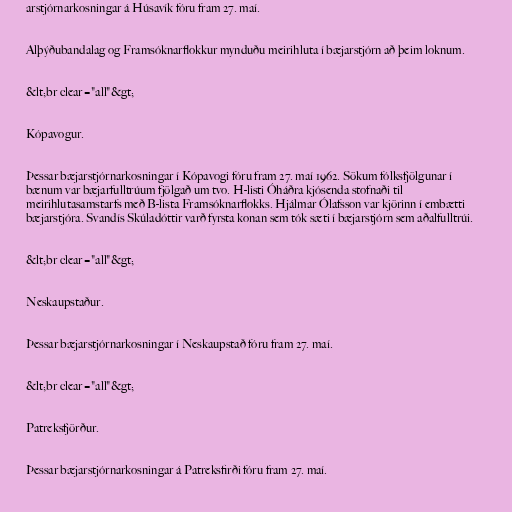
arstjórnarkosningar á Húsavík fóru fram 27. maí.

Alþýðubandalag og Framsóknarflokkur mynduðu meirihluta í bæjarstjórn að þeim loknum.

&lt;br clear="all"&gt;

Kópavogur.

Þessar bæjarstjórnarkosningar í Kópavogi fóru fram 27. maí 1962. Sökum fólksfjölgunar í
bænum var bæjarfulltrúum fjölgað um tvo. H-listi Óháðra kjósenda stofnaði til
meirihlutasamstarfs með B-lista Framsóknarflokks. Hjálmar Ólafsson var kjörinn í embætti
bæjarstjóra. Svandís Skúladóttir varð fyrsta konan sem tók sæti í bæjarstjórn sem aðalfulltrúi.

&lt;br clear="all"&gt;

Neskaupstaður.

Þessar bæjarstjórnarkosningar í Neskaupstað fóru fram 27. maí.

&lt;br clear="all"&gt;

Patreksfjörður.

Þessar bæjarstjórnarkosningar á Patreksfirði fóru fram 27. maí.